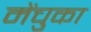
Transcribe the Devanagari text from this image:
मेंचुका